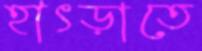
হাৎড়াতে